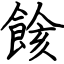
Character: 餩